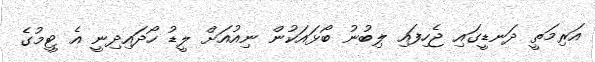
އަރިމަތީ ދަނޑީގައި ޖެހިފައި ލިބުނު ބޯޅައަކުން ނިއުއަށް ލީޑު ހޯދައިދިނީ އެ ޓީމުގެ